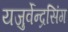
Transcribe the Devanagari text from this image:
यजुर्वेन्द्रसिंग